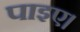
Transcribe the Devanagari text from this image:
पाइए।